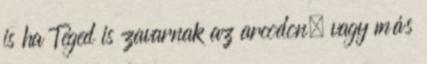
is ha Téged is zavarnak az arcodon, vagy más